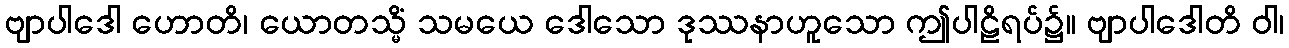
ဗျာပါဒေါ ဟောတိ၊ ယောတသ္မိံ သမယေ ဒေါသော ဒုဿနာဟူသော ဤပါဠိရပ်၌။ ဗျာပါဒေါတိ ဝါ၊